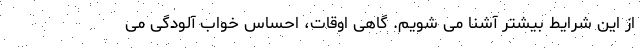
از این شرایط بیشتر آشنا می شویم. گاهی اوقات، احساس خواب آلودگی می